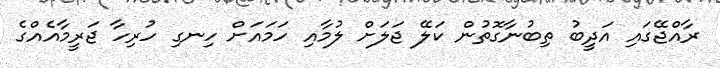
ރާއްޖޭގައި އަދީބު ތިބުނާގޮތުން ކަލޭ ޖަލަށް ލުމާއި ހަމައަށް ހިނގި ހުރިހާ ޖަރީމާއެއްގެ